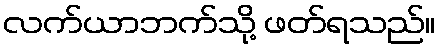
လက်ယာဘက်သို့ ဖတ်ရသည်။